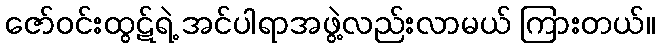
ဇော်ဝင်းထွဋ်ရဲ့ အင်ပါရာအဖွဲ့လည်းလာမယ် ကြားတယ်။